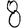
Digit: 8